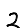
Digit: 2